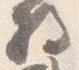
将